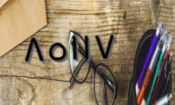
٨٥١١٧